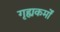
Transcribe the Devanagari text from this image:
गृह्यकर्मों